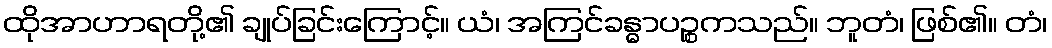
ထိုအာဟာရတို့၏ ချုပ်ခြင်းကြောင့်။ ယံ၊ အကြင်ခန္ဓာပဉ္စကသည်။ ဘူတံ၊ ဖြစ်၏။ တံ၊